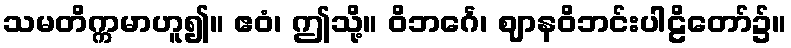
သမတိက္ကမာဟူ၍။ ဧဝံ၊ ဤသို့။ ဝိဘင်္ဂေ၊ ဈာနဝိဘင်းပါဠိတော်၌။